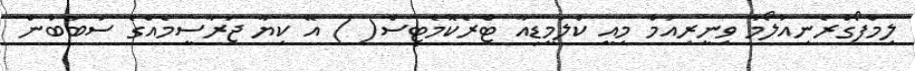
ލިމްފޯގްރެނިއުލޯމާ ވިނީރިއަމް މިއީ ކްލަމީޑިއާ ޓްރެކޮމެޓިސް( ) އޭ ކިޔާ ޖަރާސީމެއްގެ ސަބަބުން